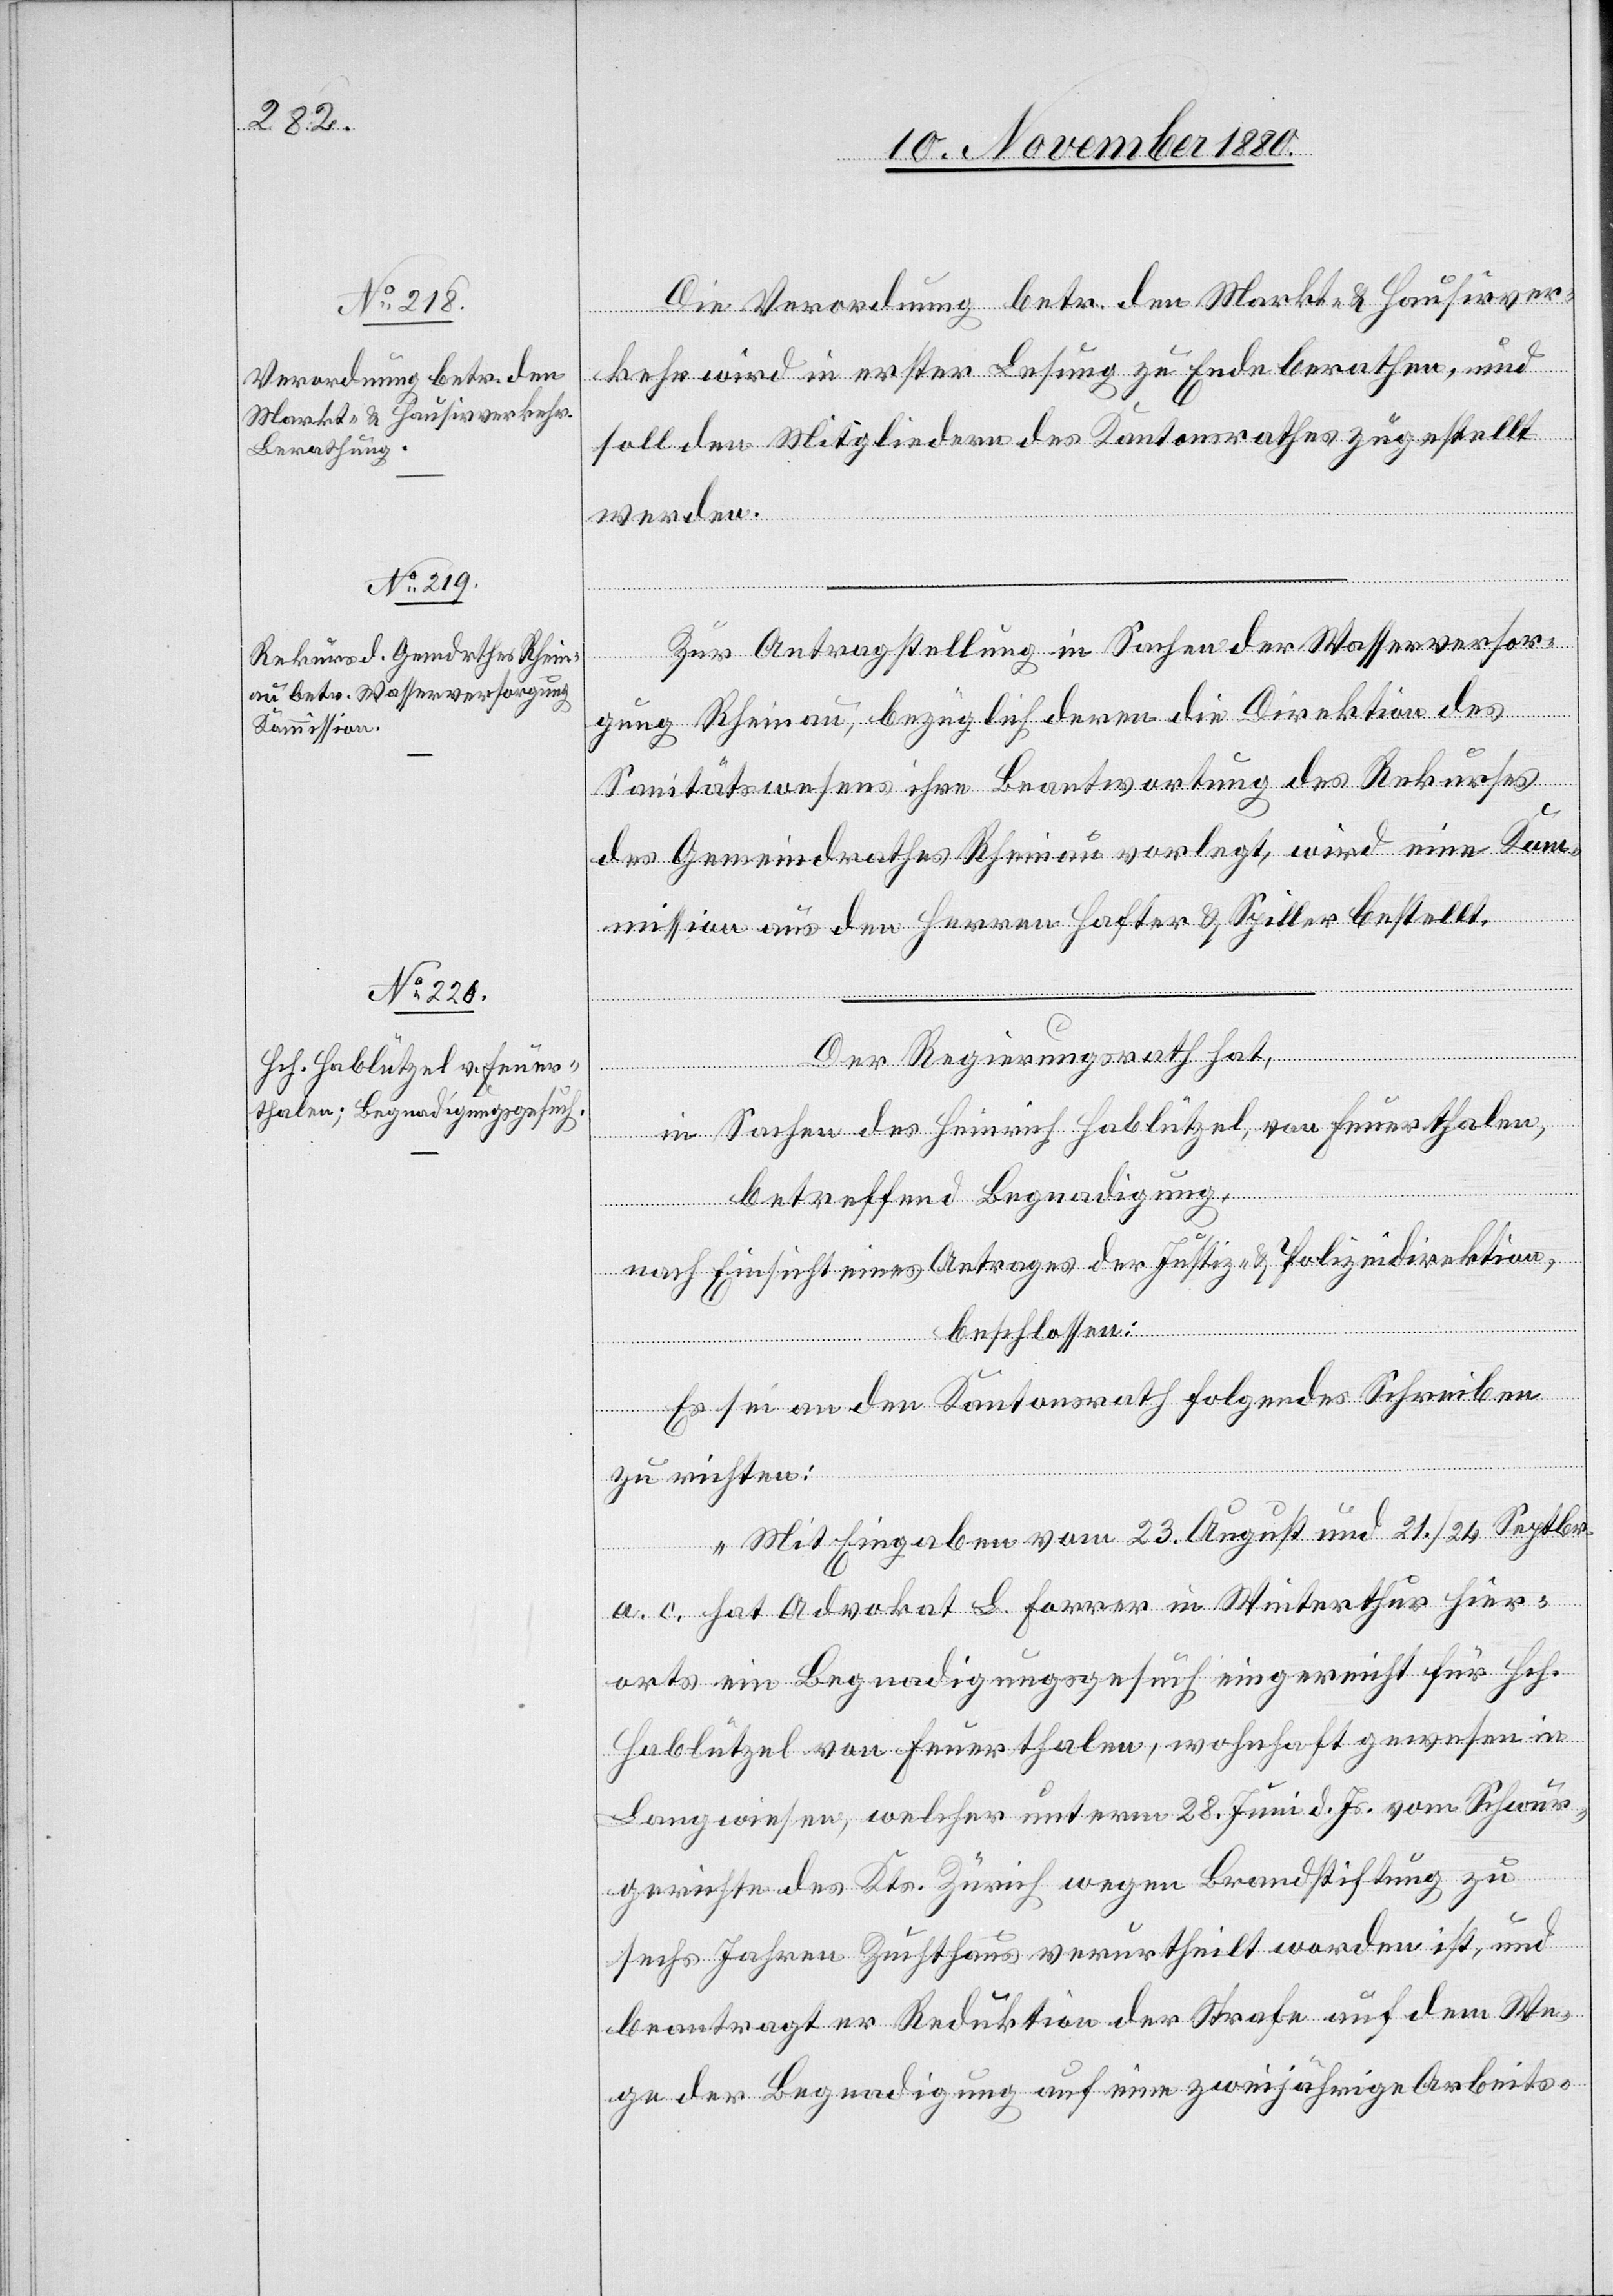
Die Verordnung betr. den Markt- & Hausirver¬
kehr wird in erster Lesung zu Ende berathen, und
soll den Mitgliedern des Kantonsrathes zugestellt
werden.
Zur Antragstellung in Sachen der Wasserversor¬
gung Rheinau, bezüglich deren die Direktion des
Sanitätswesens ihre Beantwortung des Rekurses
des Gemeindrathes Rheinau vorlegt, wird eine Kom¬
mission aus den Herren Hafter & Spiller bestellt.
Der Regierungsrath hat,
in Sachen des Heinrich Hablützel, von Feuerthalen,
betreffend Begnadigung,
nach Einsicht eines Antrages der Justiz- & Polizeidirektion,
beschlossen:
Es sei an den Kantonsrath folgendes Schreiben
zu richten:
„Mit Eingaben vom 23. August und 21./24. Septbr.
a. c. hat Advokat L. Forrer in Winterthur hier¬
orts ein Begnadigungsgesuch eingereicht für Hch.
Hablützel von Feuerthalen, wohnhaft gewesen in
Langwiesen, welcher unterm 28. Juni d. Js. vom Schwur¬
gerichte des Kts. Zürich wegen Brandstiftung zu
sechs Jahren Zuchthaus verurtheilt worden ist, und
beantragt er Reduktion der Strafe auf dem We¬
ge der Begnadigung auf eine zweijährige Arbeits-